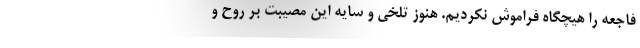
فاجعه را هیچگاه فراموش نکردیم. هنوز تلخی و سایه این مصیبت بر روح و